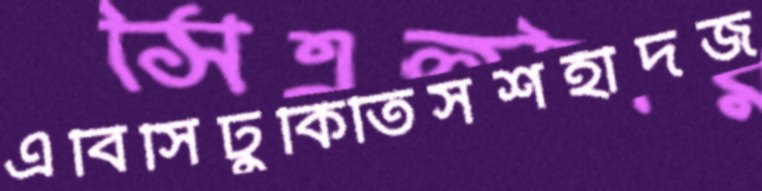
এবিসিঢুকিতিসশহীদজ